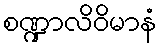
စဏ္ဍာလိဝိမာနံ